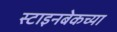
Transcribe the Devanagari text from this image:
स्टाइनबेकच्या